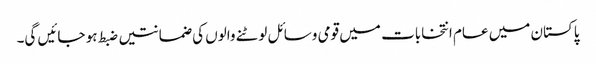
پاکستان میں عام انتخابات میں قومی وسائل لوٹنے والوں کی ضمانتیں ضبط ہو جائیں گی۔